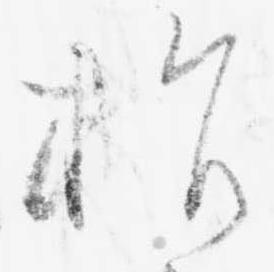
指